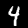
Label: 4